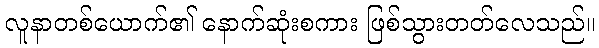
လူနာတစ်ယောက်၏ နောက်ဆုံးစကား ဖြစ်သွားတတ်လေသည်။